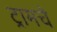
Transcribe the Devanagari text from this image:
ट्रामचे